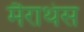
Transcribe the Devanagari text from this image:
मैराथंस